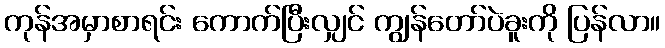
ကုန်အမှာစာရင်း ကောက်ပြီးလျှင် ကျွန်တော်ပဲခူးကို ပြန်လာ။